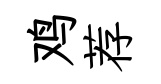
鸡荐